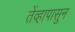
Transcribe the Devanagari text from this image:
तेंव्हापासुन